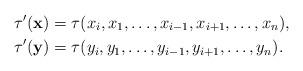
LaTeX: \begin{align*} \tau'(\mathbf x)&=\tau(x_i,x_1,\dots,x_{i-1},x_{i+1},\dots,x_n),\\ \tau'(\mathbf y)&=\tau(y_i,y_1,\dots,y_{i-1},y_{i+1},\dots,y_n). \end{align*}